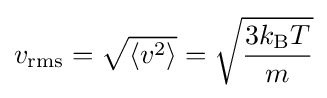
v_{\mathrm {rms} }={\sqrt {\langle v^{2}\rangle }}={\sqrt {\frac {3k_{\text{B}}T}{m}}}